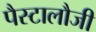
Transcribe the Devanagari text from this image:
पैस्टालौजी